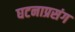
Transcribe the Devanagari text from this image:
घटनाप्रसंग